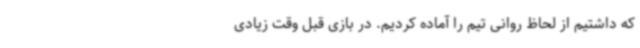
که داشتیم از لحاظ روانی تیم را آماده کردیم. در بازی قبل وقت زیادی